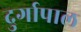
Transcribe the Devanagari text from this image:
दुर्गापाल